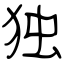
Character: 独